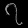
Digit: ၇